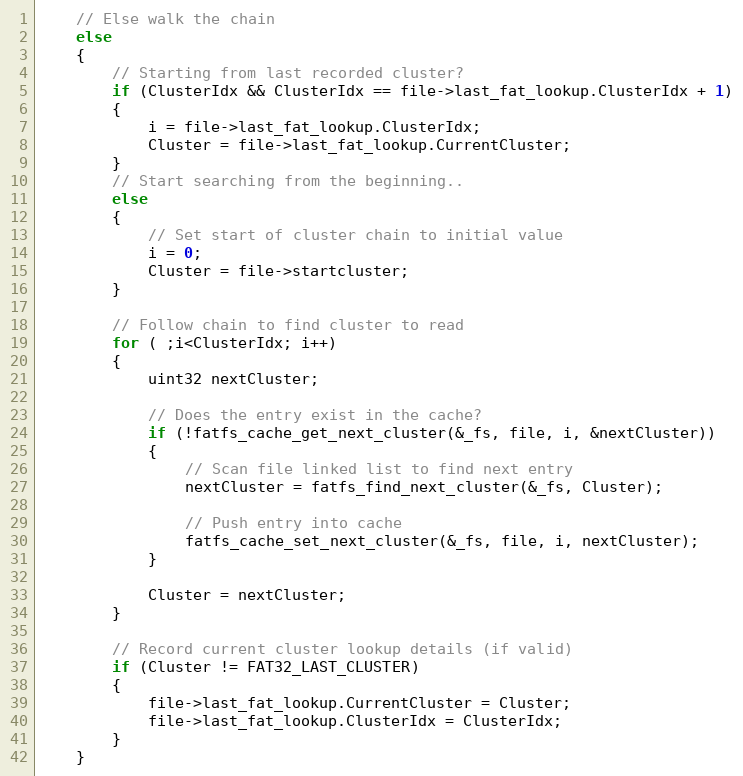
Language: C
    // Else walk the chain
    else
    {
        // Starting from last recorded cluster?
        if (ClusterIdx && ClusterIdx == file->last_fat_lookup.ClusterIdx + 1)
        {
            i = file->last_fat_lookup.ClusterIdx;
            Cluster = file->last_fat_lookup.CurrentCluster;
        }
        // Start searching from the beginning..
        else
        {
            // Set start of cluster chain to initial value
            i = 0;
            Cluster = file->startcluster;
        }

        // Follow chain to find cluster to read
        for ( ;i<ClusterIdx; i++)
        {
            uint32 nextCluster;

            // Does the entry exist in the cache?
            if (!fatfs_cache_get_next_cluster(&_fs, file, i, &nextCluster))
            {
                // Scan file linked list to find next entry
                nextCluster = fatfs_find_next_cluster(&_fs, Cluster);

                // Push entry into cache
                fatfs_cache_set_next_cluster(&_fs, file, i, nextCluster);
            }

            Cluster = nextCluster;
        }

        // Record current cluster lookup details (if valid)
        if (Cluster != FAT32_LAST_CLUSTER)
        {
            file->last_fat_lookup.CurrentCluster = Cluster;
            file->last_fat_lookup.ClusterIdx = ClusterIdx;
        }
    }